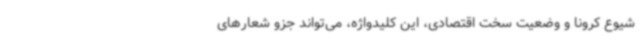
شیوع کرونا و وضعیت سخت اقتصادی، این کلیدواژه، می‌تواند جزو شعارهای